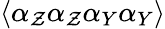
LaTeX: \langle\alpha_{\mathcal{Z}}\alpha_{\mathcal{Z}}\alpha_{Y}\alpha_{Y}\rangle